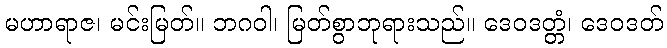
မဟာရာဇ၊ မင်းမြတ်။ ဘဂဝါ၊ မြတ်စွာဘုရားသည်။ ဒေဝဒတ္တံ၊ ဒေဝဒတ်